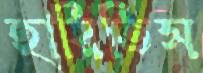
হারিতিস